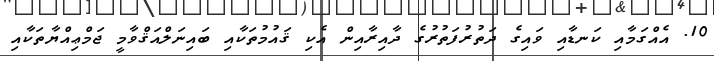
10. އެއްގަމާއި ކަނޑާއި ވައިގެ ދަތުރުފަތުރުގެ ދާއިރާއިން އެކި ޤައުމުތަކާއި ބައިނަލްއަޤްވާމީ ޖަމްޢިއްޔާތަކާއި